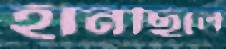
হানছিলে